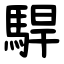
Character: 駻